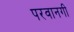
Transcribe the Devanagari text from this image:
परवानगी